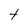
Character: t